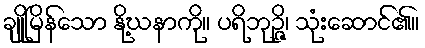
ချိုမြိန်သော နို့ဃနာကို။ ပရိဘုဉ္ဇိ၊ သုံးဆောင်၏။